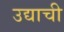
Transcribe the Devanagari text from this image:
उद्याची